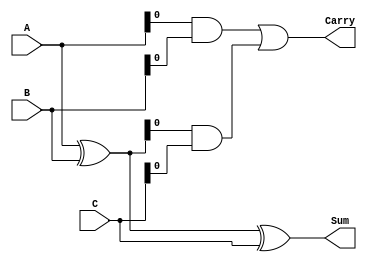
module ModifiedCarrySaveAdder #(parameter WIDTH = 4)( 
    input [WIDTH-1:0] A, 
    input [WIDTH-1:0] B, 
    input [WIDTH-1:0] C, 
    output [WIDTH-1:0] Sum, 
    output Carry 
); 
    wire [WIDTH-1:0] P1_Sum, P2_Sum; // Partial sums
    wire [WIDTH-1:0] P1_Carry, P2_Carry; // Partial carries

    // First stage: Add A and B
    assign P1_Sum = A ^ B; // Sum of A and B
    assign P1_Carry = A & B; // Carry of A and B

    // Second stage: Add partial sum from A+B with C
    assign P2_Sum = P1_Sum ^ C; // Partial Sum of (A + B) and C
    assign P2_Carry = P1_Carry | (P1_Sum & C); // Partial Carry

    // Final stage: Resolve the saved carries
    assign Sum = P2_Sum; // Final Sum
    assign Carry = P2_Carry; // Final Carry

endmodule